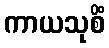
ကာယသုစိံ